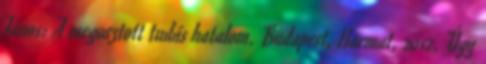
János: A megosztott tudás hatalom. Budapest, Harmat, 2012. Úgy